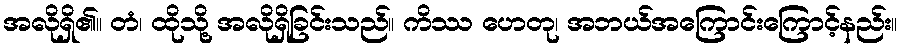
အလိုရှိ၏။ တံ၊ ထိုသို့ အလိုရှိခြင်းသည်။ ကိဿ ဟေတု၊ အဘယ်အကြောင်းကြောင့်နည်း။